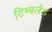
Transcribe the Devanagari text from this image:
टिम्बलैंड